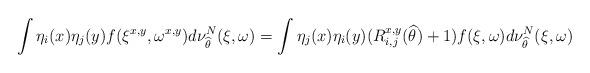
LaTeX: \begin{align*}\int \eta_i(x) \eta_j(y) f(\xi^{x,y}, \omega^{x,y}) d\nu_{\widehat \theta }^N (\xi,\omega) = \int \eta_j(x) \eta_i(y) (R_{i,j}^{x,y} (\widehat \theta)+1) f(\xi, \omega) d\nu_{\widehat \theta }^N (\xi,\omega)\end{align*}